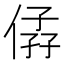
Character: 𠊩